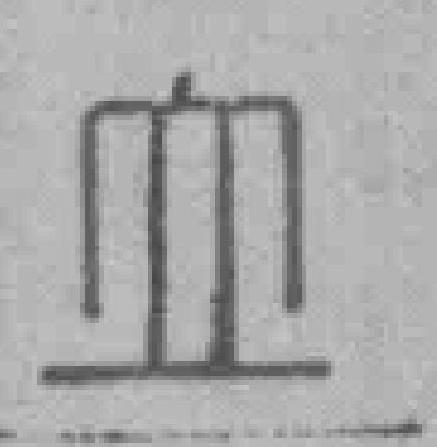
立